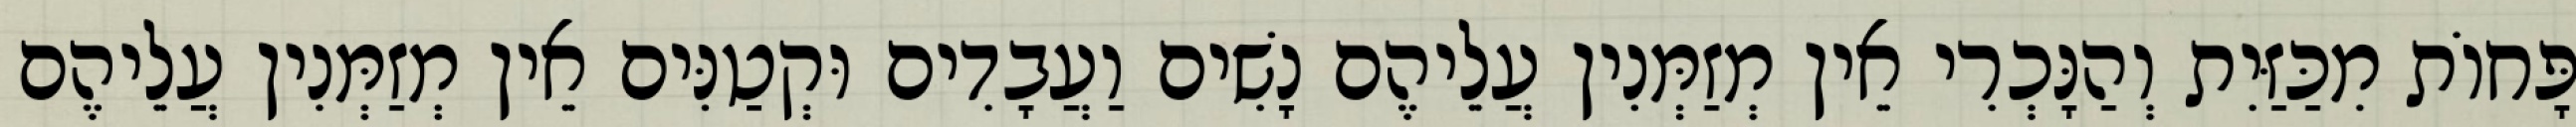
פָּחוֹת מִכַּזַּיִת וְהַנָּכְרִי אֵין מְזַמְּנִין עֲלֵיהֶם נָשִׁים וַעֲבָדִים וּקְטַנִּים אֵין מְזַמְּנִין עֲלֵיהֶם